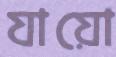
যায়ো